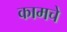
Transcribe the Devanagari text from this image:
कामचे